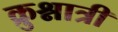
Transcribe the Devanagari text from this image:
क्रुश्नात्री